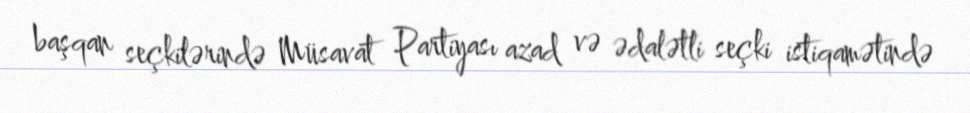
başqan seçkilərində Müsavat Partiyası azad və ədalətli seçki istiqamətində